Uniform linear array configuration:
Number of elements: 4
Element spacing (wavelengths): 0.25
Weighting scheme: hamming
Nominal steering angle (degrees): -60
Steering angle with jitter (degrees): -59.27
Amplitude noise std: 0.05
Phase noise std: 0.05

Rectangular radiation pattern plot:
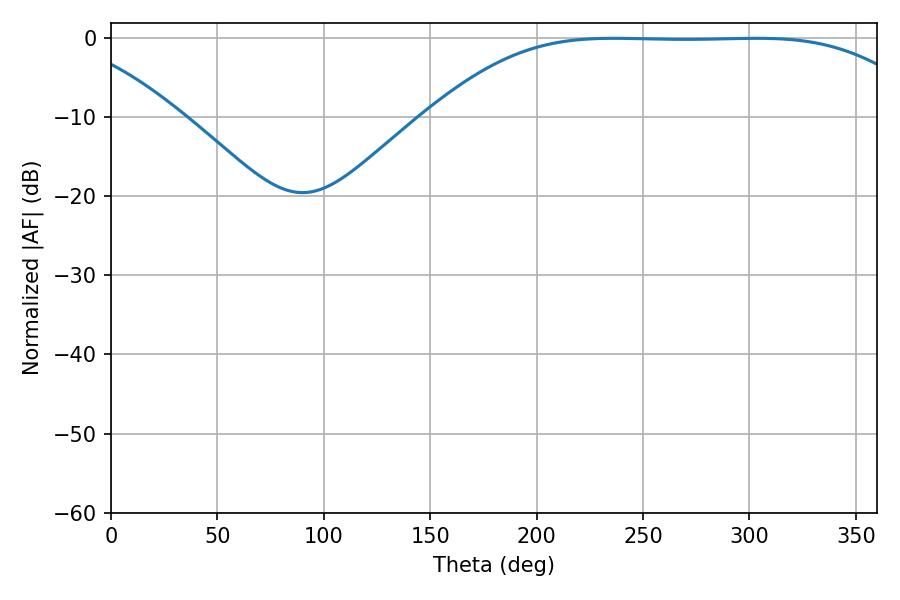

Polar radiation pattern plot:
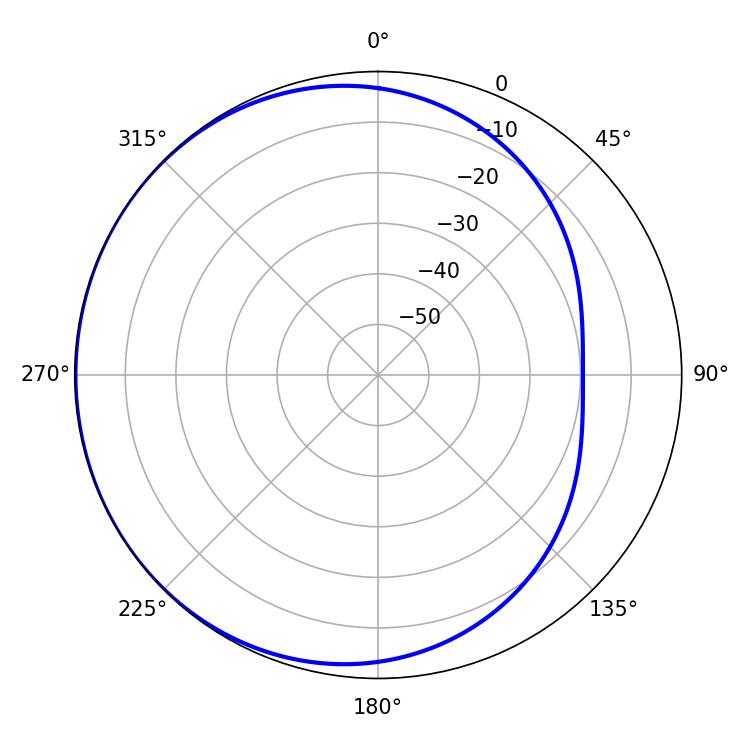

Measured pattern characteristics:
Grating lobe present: FALSE
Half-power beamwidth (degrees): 175.68
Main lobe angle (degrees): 236.34